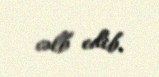
cəlb edib.